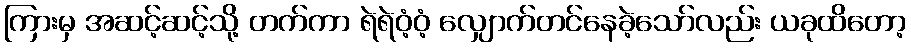
ကြားမှ အဆင့်ဆင့်သို့ တက်ကာ ရဲရဲဝံ့ဝံ့ လျှောက်တင်နေခဲ့သော်လည်း ယခုထိတော့